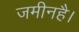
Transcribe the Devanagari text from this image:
जमीनहै।